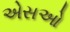
એસઓ